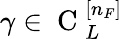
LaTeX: \gamma\in\mathrm{~C~}_{L}^{[n_{F}]}